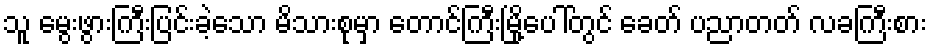
သူ မွေးဖွားကြီးပြင်းခဲ့သော မိသားစုမှာ တောင်ကြီးမြို့ပေါ်တွင် ခေတ် ပညာတတ် လခကြီးစား